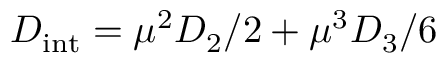
D _ { \mathrm { i n t } } = \mu ^ { 2 } D _ { 2 } / 2 + \mu ^ { 3 } D _ { 3 } / 6